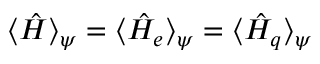
\langle \hat { H } \rangle _ { \psi } = \langle \hat { H } _ { e } \rangle _ { \psi } = \langle \hat { H } _ { q } \rangle _ { \psi }